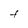
Character: t